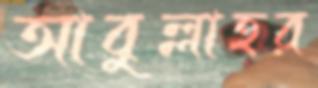
আবুল্লাহর